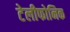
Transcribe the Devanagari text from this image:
टेलीफोनिक